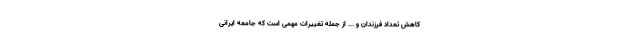
کاهش تعداد فرزندان و ... از جمله تغییرات مهمی است که جامعه ایرانی